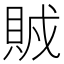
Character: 𧶂